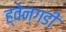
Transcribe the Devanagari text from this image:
ह्वेन्गडी